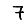
Digit: 7